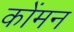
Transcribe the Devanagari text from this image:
कोंमन